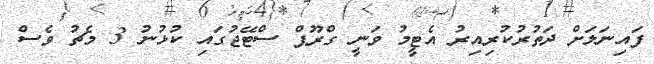
ފައިނަލަށް ދަތުރުކުރިއިރު އެޓީމު ވަނީ ގްރޫޕް ސްޓޭޖުގައި ކުޅުނު 3 މެޗު ވެސް